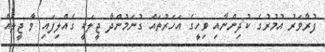
ފުރާވަރު އުމުރުގެ ކުދިންނާއި ވިހީގެ އަހަރުތައް ގުނަމުންދާ ޖީލަކީ ގެއްލިފައި ވާ ޖީލެއް